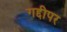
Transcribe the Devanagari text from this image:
गद्दीपर